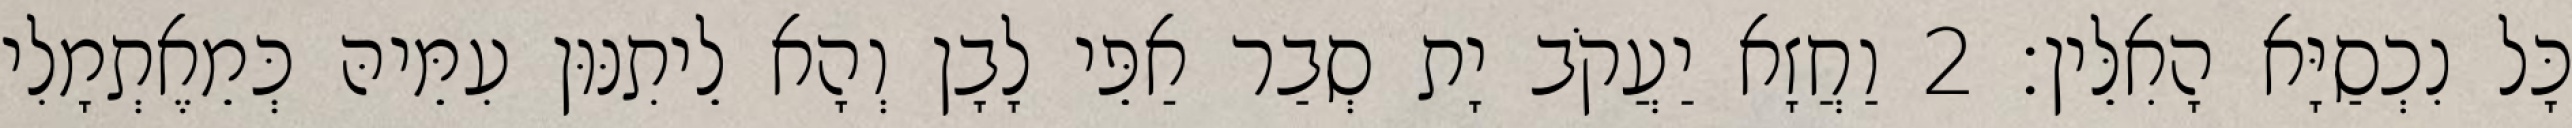
כָּל נִכְסַיָּא הָאִלֵּין׃ 2 וַחֲזָא יַעֲקֹב יָת סְבַר אַפֵּי לָבָן וְהָא לֵיתִנּוּן עִמֵּיהּ כְּמֵאֶתְמָלִי